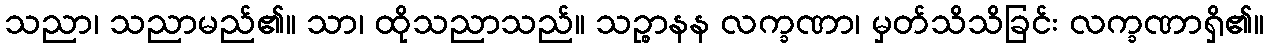
သညာ၊ သညာမည်၏။ သာ၊ ထိုသညာသည်။ သဉ္စာနန လက္ခဏာ၊ မှတ်သိသိခြင်း လက္ခဏာရှိ၏။